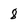
Character: 8